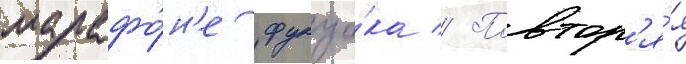
марафо́н'е фукуо́ка // Повтор'я́я